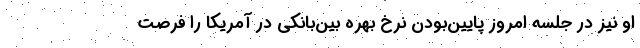
او نیز در جلسه امروز پایین‌بودن نرخ بهره بین‌بانکی در آمریکا را فرصت